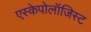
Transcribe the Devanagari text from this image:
एस्केपोलॉजिस्ट